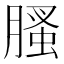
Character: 𦞣